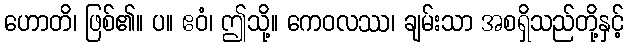
ဟောတိ၊ ဖြစ်၏။ ပ။ ဧဝံ၊ ဤသို့။ ကေဝလဿ၊ ချမ်းသာ အစရှိသည်တို့နှင့်